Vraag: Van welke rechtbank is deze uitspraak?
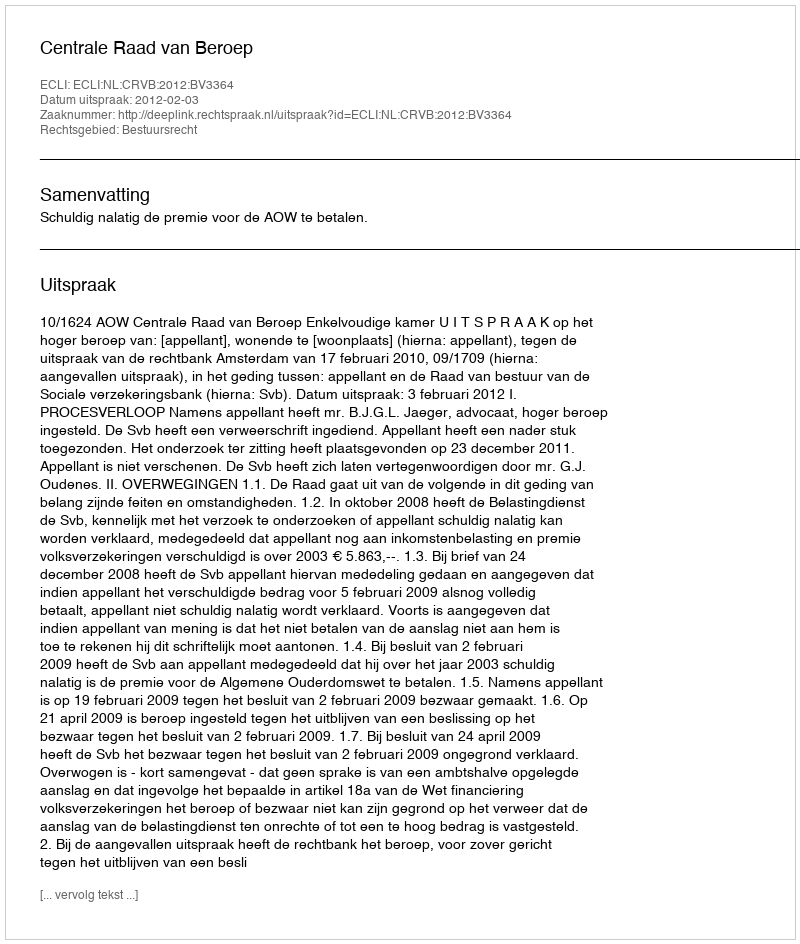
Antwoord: Centrale Raad van Beroep